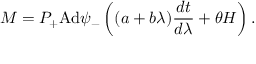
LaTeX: M = P _ { + } \mathrm { A d } \psi _ { - } \left( ( a + b \lambda ) \frac { d t } { d \lambda } + \theta H \right) .